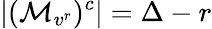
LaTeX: |(\mathcal{M}_{v^{r}})^{c}|=\Delta-r